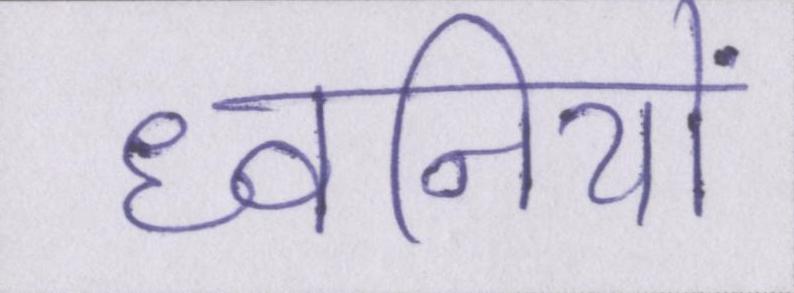
ध्वनियों